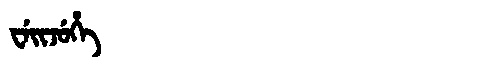
Manchu: ᠸᡝᡳᠵᡠᡥᡝ
Romanization: WEIJUHE